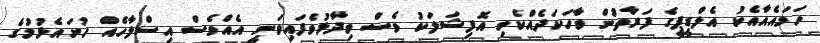
ހަމައެއާއެކު އެލްޑީޕީގެ ފަރާތުން ވާހަކަދެއްކެވި އޮފިޝަލަކު ވެސް ވިދާޅުވެފައިވަނީ އެއްވެސް އިސްލާހެއް ހުށައެޅުމުގެ